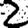
Digit: 2